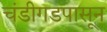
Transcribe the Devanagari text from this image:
चंडीगडपासून